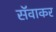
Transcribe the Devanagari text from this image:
सॅवाकर